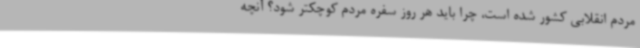
مردم انقلابی کشور شده است، چرا باید هر روز سفره مردم کوچکتر شود؟ آنچه